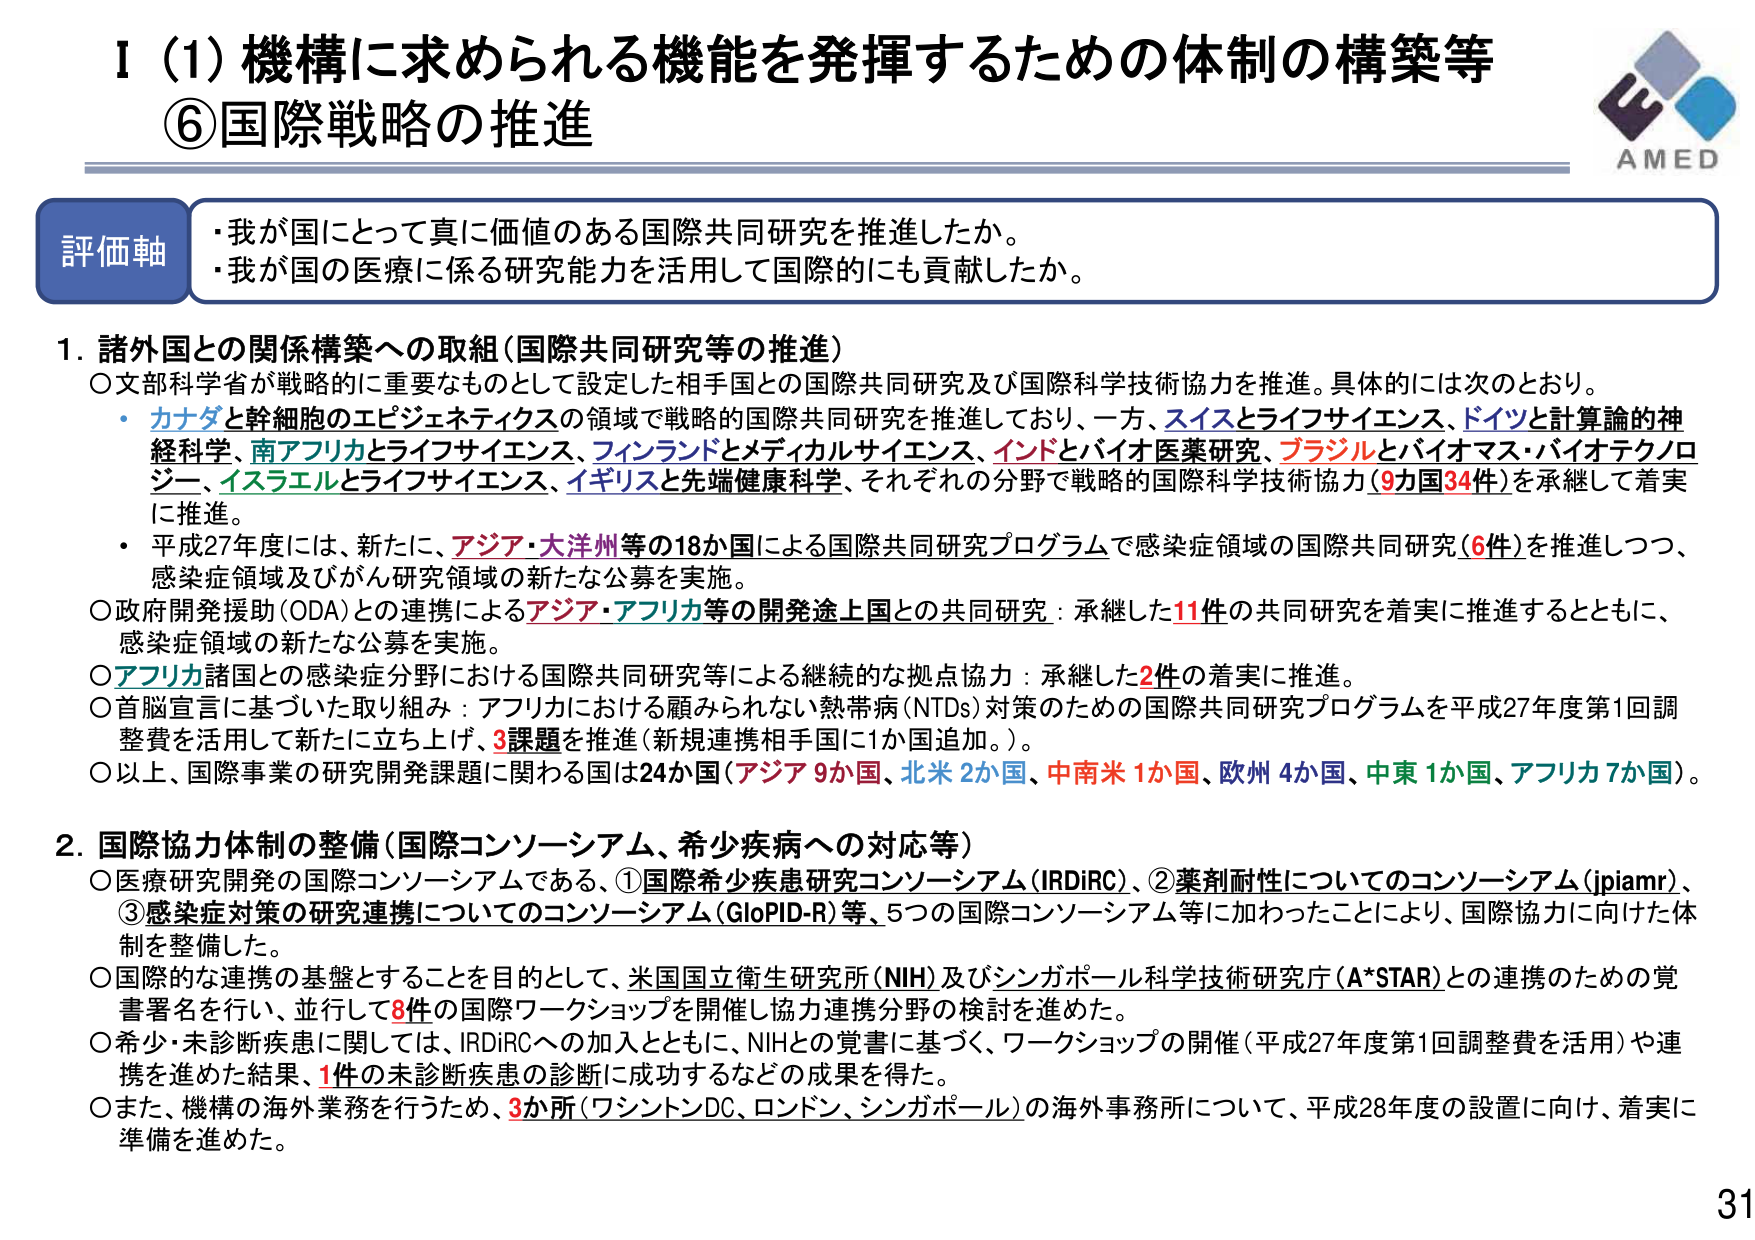
Ⅰ（1）機構に求められる機能を発揮するための体制の構築等
⑥国際戦略の推進

評価軸
・我が国にとって真に価値のある国際共同研究を推進したか。
・我が国の医療に係る研究能力を活用して国際的にも貢献したか。

1. 諸外国との関係構築への取組（国際共同研究等の推進）
○文部科学省が戦略的に重要なものとして設定した相手国との国際共同研究及び国際科学技術協力を推進。具体的には次のとおり。
・カナダと幹細胞のエピジェネティクスの領域で戦略的国際共同研究を推進しており、一方、スイスとライフサイエンス、ドイツと計算論的神経科学、南アフリカとライフサイエンス、フィンランドとメディカルサイエンス、インドとバイオ医薬研究、ブラジルとバイオマス・バイオテクノロジー、イスラエルとライフサイエンス、イギリスと先端健康科学、それぞれの分野で戦略的国際科学技術協力（9国34件）を承継して着実に推進。
・平成27年度には、新たに、アジア・大洋州等の18か国による国際共同研究プログラムで感染症領域の国際共同研究（6件）を推進しつつ、感染症領域及びがん研究領域の新たな公募を実施。
○政府開発援助（ODA）との連携によるアジア・アフリカ等の開発途上国との共同研究：承継した11件の共同研究を着実に推進するとともに、感染症領域の新たな公募を実施。
○アフリカ諸国との感染症分野における国際共同研究等による継続的な拠点協力：承継した2件の着実に推進。
○首脳宣言に基づいた取り組み：アフリカにおける顧みられない熱帯病（NTDs）対策のための国際共同研究プログラムを平成27年度第1回調整費を活用して新たに立ち上げ、3課題を推進（新規連携相手国に1か国追加。）。
○以上、国際事業の研究開発課題に関わる国は24か国（アジア9か国、北米2か国、中南米1か国、欧州4か国、中東1か国、アフリカ7か国）。

2. 国際協力体制の整備（国際コンソーシアム、希少疾病への対応等）
○医療研究開発の国際コンソーシアムである、①国際希少疾患研究コンソーシアム（IRDIRC）、②薬剤耐性についてのコンソーシアム（jpiamr）、③感染症対策の研究連携についてのコンソーシアム（GloPID-R）等、5つの国際コンソーシアム等に加わったことにより、国際協力に向けた体制を整備した。
○国際的な連携の基盤とすることを目的として、米国国立衛生研究所（NIH）及びシンガポール科学技術研究庁（A*STAR）との連携のための覚書署名を行い、並行して8件の国際ワークショップを開催し協力連携分野の検討を進めた。
○希少・未診断疾患に関しては、IRDIRCへの加入とともにNIHとの覚書に基づく、ワークショップの開催（平成27年度第1回調整費を活用）や連携を進めた結果、1件の未診断疾患の診断に成功するなどの成果を得た。
○また、機構の海外業務を行うため、3か所（ワシントンDC、ロンドン、シンガポール）の海外事務所について、平成28年度の設置に向け、着実に準備を進めた。

AMED
31